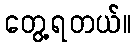
တွေ့ရတယ်။